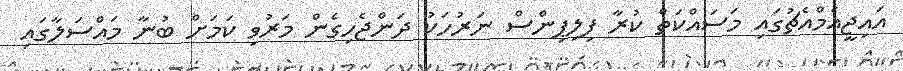
އައިޖީއެމްއެޗުގައި މަސައްކަތް ކުރާ ފިލިޕިންސް ނަރުހަކު ދަންޖެހިގެން މަރުވި ކަމަށް ބުނާ މައްސަލާގައި